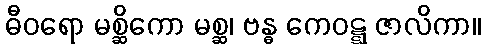
ဓီဝရော မစ္ဆိကော မစ္ဆ၊ ဗန္ဓ ကေဝဋ္ဋ ဇာလိကာ။